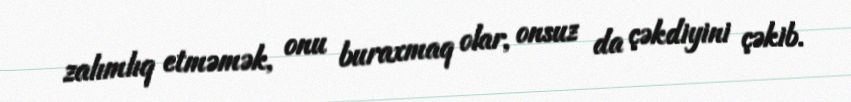
zalımlıq etməmək, onu buraxmaq olar, onsuz da çəkdiyini çəkib.